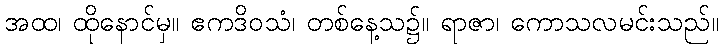
အထ၊ ထိုနောင်မှ။ ဧကဒိဝသံ၊ တစ်နေ့သ၌။ ရာဇာ၊ ကောသလမင်းသည်။